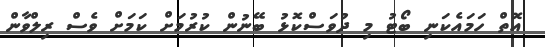
އޮތް ހަމައެކަނި ބޯޓު މި ދުވަސްކޮޅު ބޭނުން ކުރުމަށް ކަމަށް ވެސް ރިލްވާން